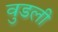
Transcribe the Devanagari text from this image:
वुडली